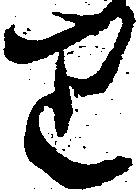
り